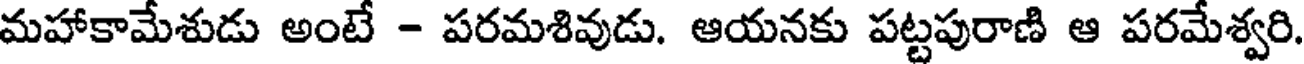
మహాకామేశుడు అంటే - పరమశివుడు. ఆయనకు పట్టపురాణి ఆ పరమేశ్వరి